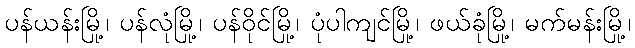
ပန်ယန်းမြို့၊ ပန်လုံမြို့၊ ပန်ဝိုင်မြို့၊ ပုံပါကျင်မြို့၊ ဖယ်ခုံမြို့၊ မက်မန်းမြို့၊